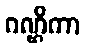
ဂဏ္ဌိကာ